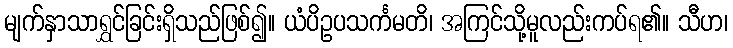
မျက်နှာသာရွှင်ခြင်းရှိသည်ဖြစ်၍။ ယံပိဥပသင်္ကမတိ၊ အကြင်သို့မူလည်းကပ်ရ၏။ သီဟ၊